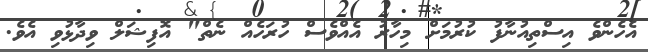
އެހެންވެ އިސްތިއުނާފު ކުރުމަށް މިހާރު އެއްވެސް ހުރަހެއް ނެތް" އޮފިޝަލް ވިދާޅުވި އެވެ.